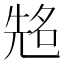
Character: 𠸜